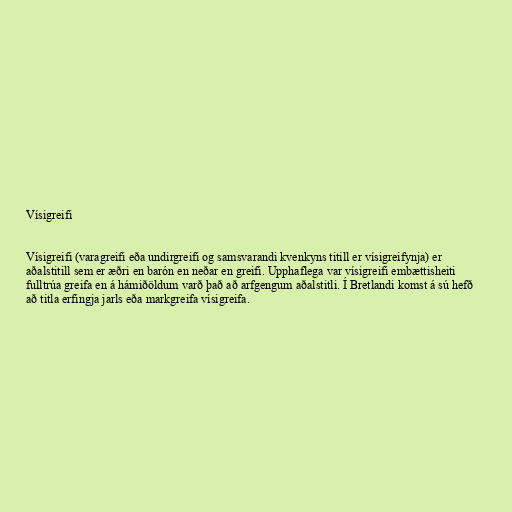
Vísigreifi

Vísigreifi (varagreifi eða undirgreifi og samsvarandi kvenkyns titill er vísigreifynja) er
aðalstitill sem er æðri en barón en neðar en greifi. Upphaflega var vísigreifi embættisheiti
fulltrúa greifa en á hámiðöldum varð það að arfgengum aðalstitli. Í Bretlandi komst á sú hefð
að titla erfingja jarls eða markgreifa vísigreifa.